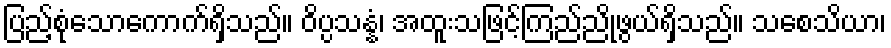
ပြည့်စုံသောကောက်ရှိသည်။ ဝိပ္ပသန္နံ၊ အထူးသဖြင့်ကြည်ညိုဖွယ်ရှိသည်။ သစေသိယာ၊